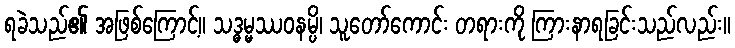
ရခဲသည်၏ အဖြစ်ကြောင့်။ သဒ္ဓမ္မဿဝနမ္ပိ၊ သူတော်ကောင်း တရားကို ကြားနာရခြင်းသည်လည်း။